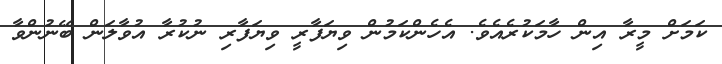
ކަމަށް މީރާ އިން ހާމަކުރެއެވެ. އެހެންކަމުން ވިޔަފާރީ ވިޔަފާރި ނުކުރާ އުވާލަން ބޭނުންވާ